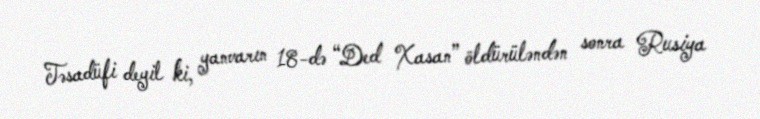
Təsadüfi deyil ki, yanvarın 18-də “Ded Xasan” öldürüləndən sonra Rusiya